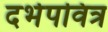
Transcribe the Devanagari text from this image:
दर्भपवित्र